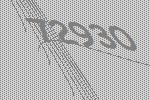
72930